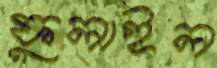
ফুলাইল